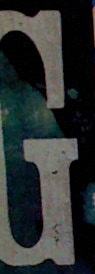
G